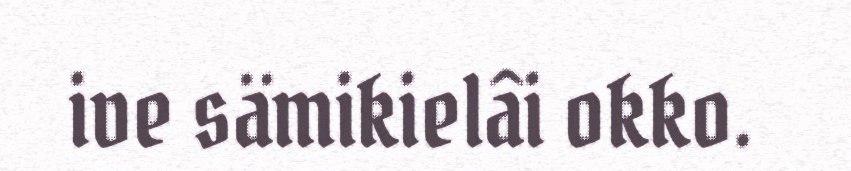
ive sämikielâi okko.